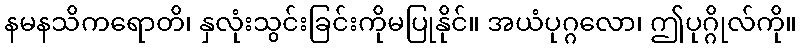
နမနသိကရောတိ၊ နှလုံးသွင်းခြင်းကိုမပြုနိုင်။ အယံပုဂ္ဂလော၊ ဤပုဂ္ဂိုလ်ကို။